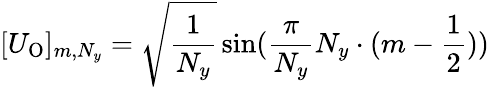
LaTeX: [U_{\mathrm{O}}]_{m,N_{y}}=\sqrt{\frac{1}{N_{y}}}\sin(\frac{\pi}{N_{y}}N_{y}\cdot(m-\frac{1}{2}))